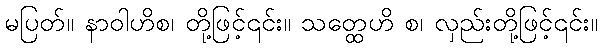
မပြတ်။ နာဝါဟိစ၊ တို့ဖြင့်၎င်း။ သတ္ထေဟိ စ၊ လှည်းတို့ဖြင့်၎င်း။